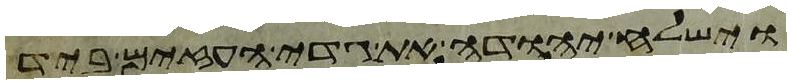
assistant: וישלח יהודה את גדי העזים ביד